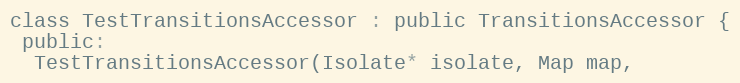
Language: C
class TestTransitionsAccessor : public TransitionsAccessor {
 public:
  TestTransitionsAccessor(Isolate* isolate, Map map,